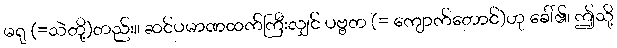
မရု (=သဲတို့)တည်း။ ဆင်ပမာဏထက်ကြီးလျှင် ပဗ္ဗတ (= ကျောက်တောင်)ဟု ခေါ်၏၊ ဤသို့